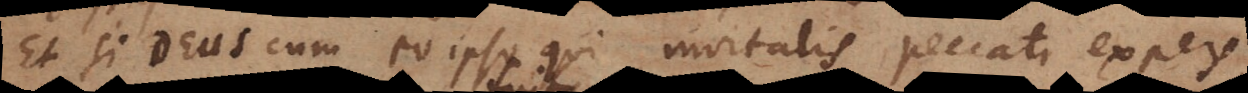
Et si Deus cum eo ipso qui mortalis peccati expers